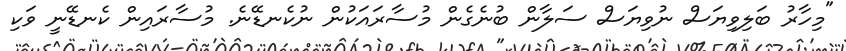
"މިހާރު ބަލިވިޔަސް ނުވިޔަސް ސަލާން ބުނެގެން މުސާރައަކުން ނުކެނޑޭނެ. މުސާރައިން ކެނޑޭނީ ވަކި